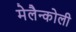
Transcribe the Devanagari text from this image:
मेलैन्कोली